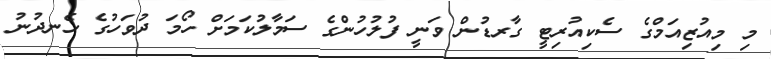
މި މިއުޒިއަމްގެ ސެކިއުރިޓީ ގާރޑުން ވަނީ ފުލުހުންގެ ސަމާލުކަމަށް ހޯމަ ދުވަހުގެ ހެނދުނު